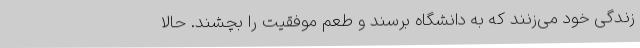
زندگی خود می‌زنند که به دانشگاه برسند و طعم موفقیت را بچشند. حالا